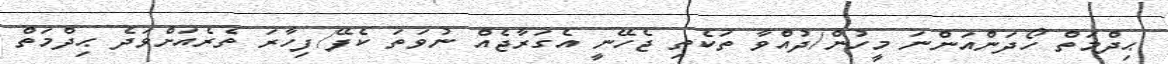
ޙިދްމަތް ހޯދަންއަންނަ މީހުން/ދުއްވާ ތަކެތި ޖެހޭނީ އެގަރާޖެއް ނުވަތަ ކެފޭ/ފިހާރަ ތެރެއަށްވަދެ ޙިދްމަތް